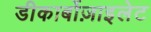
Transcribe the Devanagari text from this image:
डीकार्बोज़ाइलेट